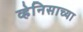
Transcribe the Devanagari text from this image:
व्हेनिसाच्या